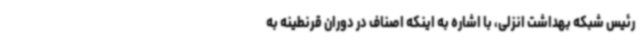
رئیس شبکه بهداشت انزلی، با اشاره به اینکه اصناف در دوران قرنطینه به